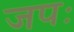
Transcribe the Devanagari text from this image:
जपः